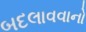
બદલાવવાનો